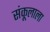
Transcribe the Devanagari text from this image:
संकूलाला